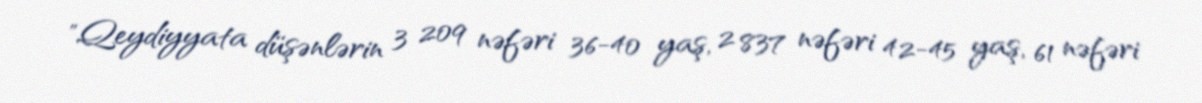
"Qeydiyyata düşənlərin 3 209 nəfəri 36-40 yaş, 2 837 nəfəri 42-45 yaş, 61 nəfəri